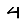
Digit: 4